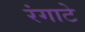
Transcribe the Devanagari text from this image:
रंगाटे